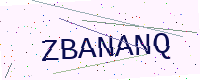
Text: ZBANANQ